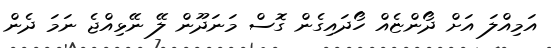
އަމިއްލަ އަށް ދޯންޏެއް ހޯދައިގެން ގޮސް މަނަދޫން ލޭ ނޭޅިއްޖެ ނަމަ ދެން